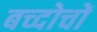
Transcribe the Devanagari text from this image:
बच्दोचों